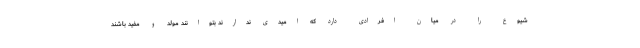
شیوع را در میان افرادی دارد که امیدی ندارند بتوانند مولد و مفید باشند